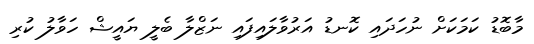
މާބޮޑު ކަމަކަށް ނުހަދައި ކޮނޑު އަރުވާލައިފައި ނަޒްލާ ބެލީ ޔައީޝް ހަވާލު ކުރި